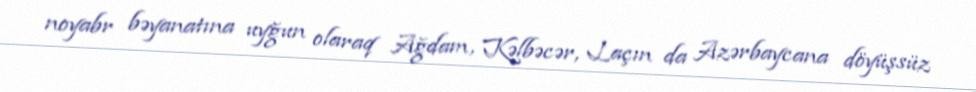
noyabr bəyanatına uyğun olaraq Ağdam, Kəlbəcər, Laçın da Azərbaycana döyüşsüz